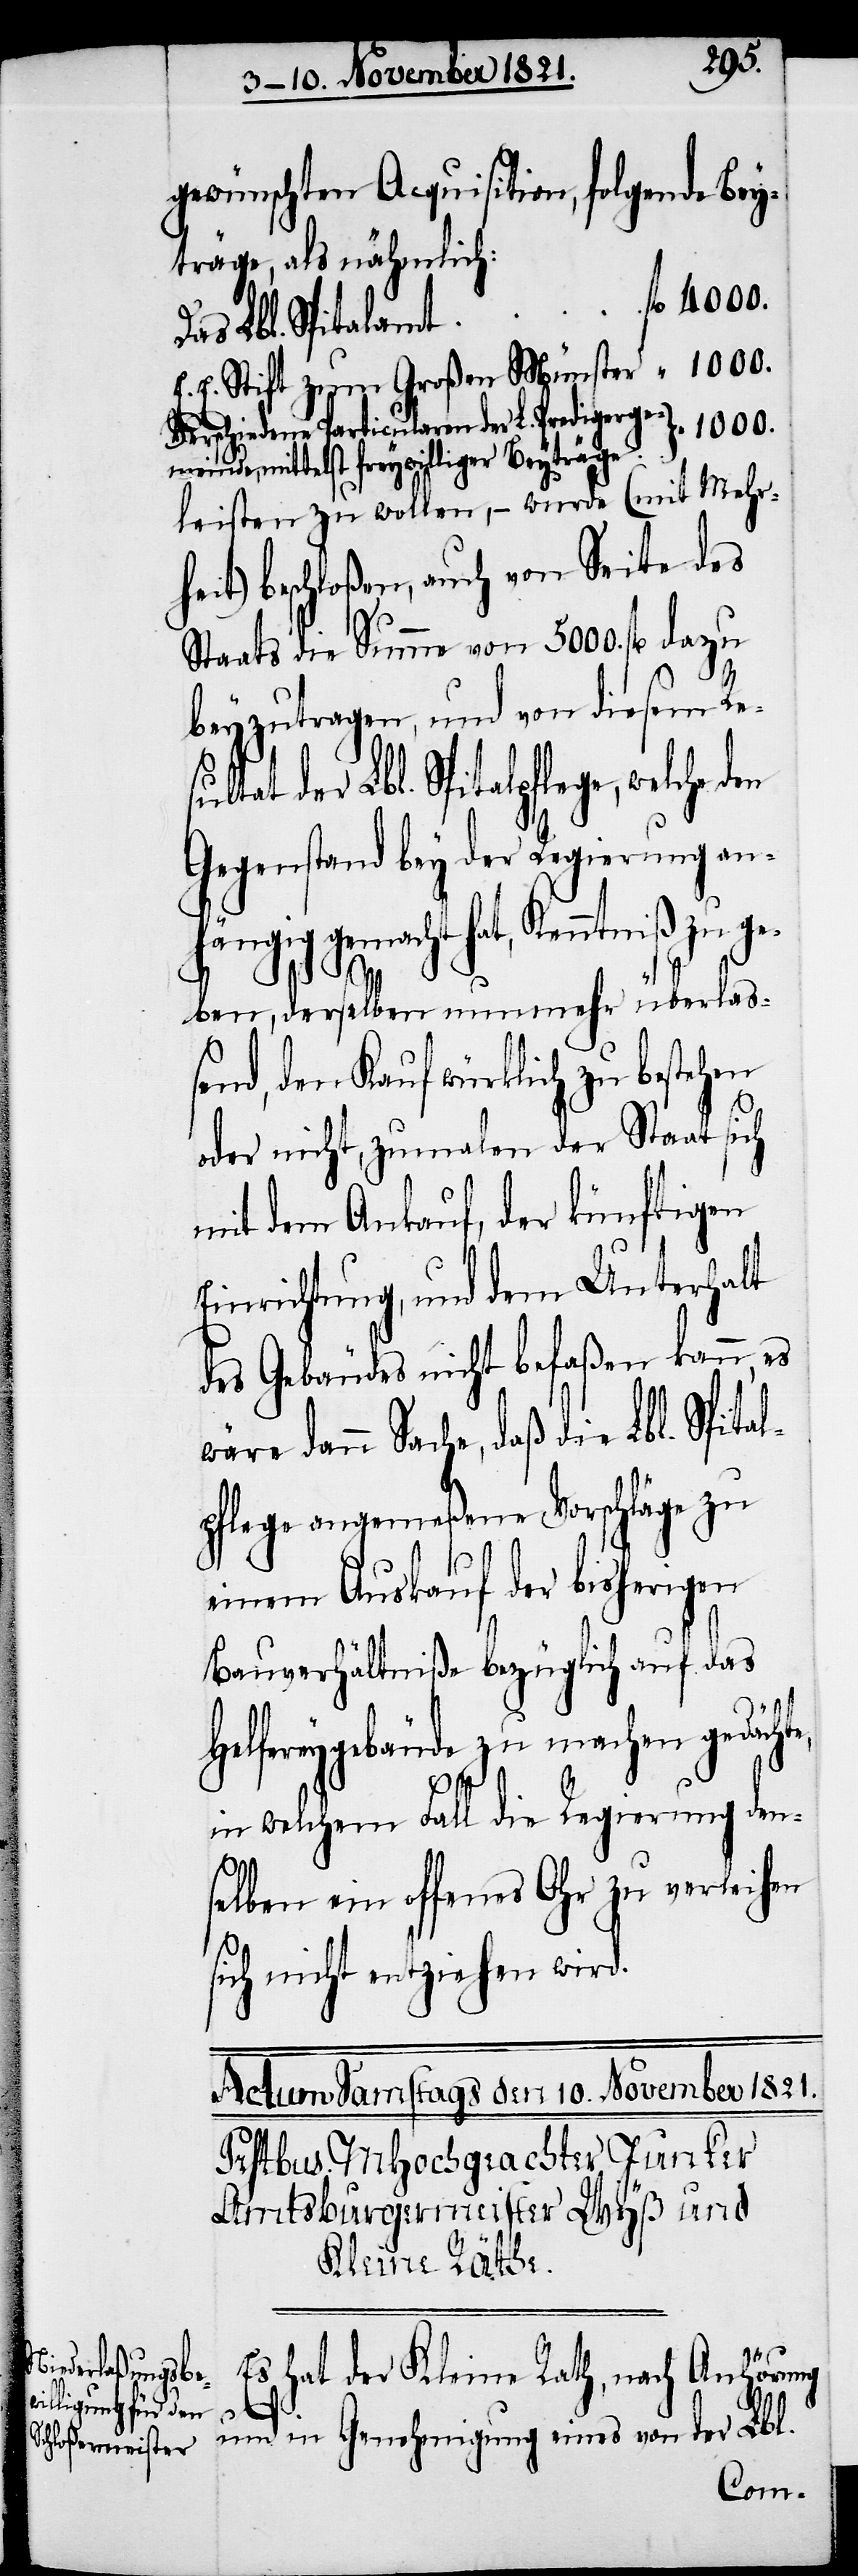
gewünschten Acquisition, folgende Bey¬
träge, als nähmlich:
Das Lbl. Spitalamt
E. E. Stift zum Großen Münster
Verschiedene Particularen der L. Prediger-Ge¬
leisten zu wollen, – wurde (mit Mehr¬
heit) beschloßen, auch von Seite des
Staats eine Summe von 5000. fl. dazu
beyzutragen, und von diesem Res¬
der Lbl. Spitalpflege, welche den
Gegenstand bey der Regierung anh¬
ängig gemacht hat, Kenntniß zu ge¬
ben, derselben nunmehr überlaß¬
end, den Kauf würklich zu bestehen
oder nicht, zumalen der Staat sich
mit dem Ankauf, der künftigen
Einrichtung, und dem Unterhalt
des Gebäudes nicht befaßen kann, es
wäre dann Sache daß die Lbl. Spital¬
pflege angemeßene Vorschläge zu
einem Auskauf der bisherigen
Bauverhältniße bezüglich auf das
Helfergebäude zu machen gedäch¬
te,
in welchem Fall die Regierung den¬
selben ein offenes Ohr zu verleihen
sich nicht entziehen wird.
Es hat der Kleine Rath, nach Anhörung
“
und in Genehmigung eines von der Lbl.